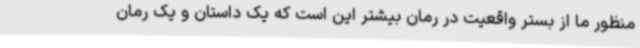
منظور ما از بستر واقعیت در رمان بیشتر این است که یک داستان و یک رمان